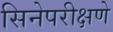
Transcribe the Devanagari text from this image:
सिनेपरीक्षणे